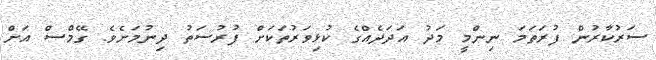
ސަރުކާރުން ފުރަތަމަ ނިންމީ މަދު އަދަދެއްގެ ކުޅިވަރުތަކަށް ފުރުސަތު ދިނުމަށެވެ. ގޭމްސް އަށް